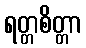
ရတ္တစိတ္တာ